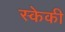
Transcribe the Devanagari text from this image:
स्केकी